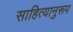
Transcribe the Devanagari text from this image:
साहित्यानुरूप